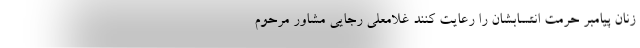
زنان پیامبر حرمت انتسابشان را رعایت کنند غلامعلی رجایی مشاور مرحوم